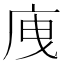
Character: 㡼